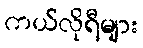
ကယ်လိုရီများ